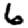
Digit: 6